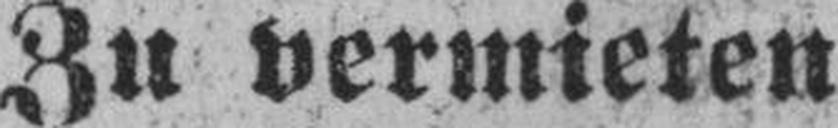
Zu vermieten